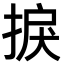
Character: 捩